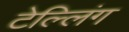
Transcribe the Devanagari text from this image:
टेल्लिंग